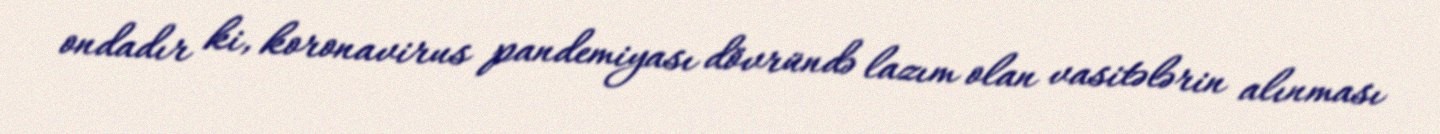
ondadır ki, koronavirus pandemiyası dövründə lazım olan vasitələrin alınması